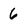
Character: 6